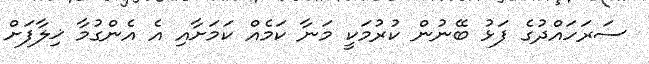
ސަރަހައްދުގެ ފަޅު ބޭނުން ކުރުމަކީ މަނާ ކަމެއް ކަމަށާއި އެ އެންގުމާ ޚިލާފަށް